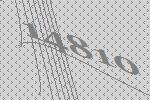
14810